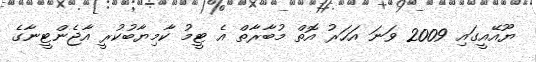
ޔޫއޭއީގައި 2009 ވަނަ އަހަރު އޮތް މުބާރާތް އެ ޓީމު ކާމިޔާބުކުރީ އާޖެންޓީނާގެ